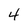
Character: 4